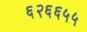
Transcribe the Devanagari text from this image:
६२६६५५